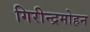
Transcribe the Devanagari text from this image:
गिरीन्द्रमोहन